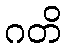
ဂတိ